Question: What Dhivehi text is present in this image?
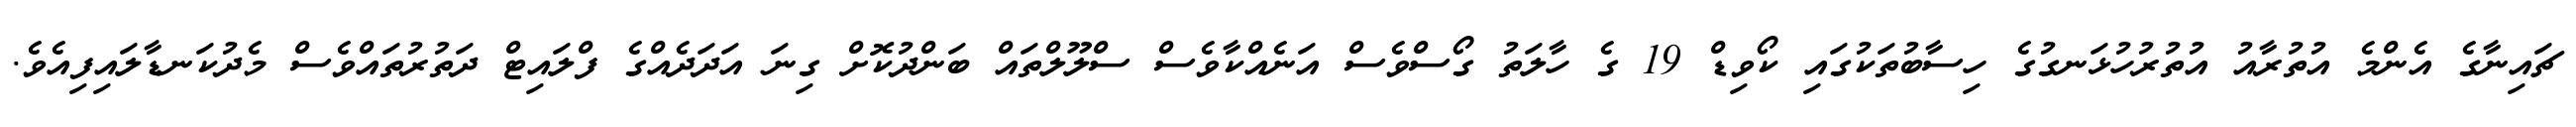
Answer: ޗައިނާގެ އެންމެ އުތުރާއު އުތުރުހުޅަނގުގެ ހިސާބުތަކުގައި ކޯވިޑް 19 ގެ ހާލަތު ގޯސްވެސް އަނެއްކާވެސް ސްލޫލްތައް ބަންދުކޮށް ގިނަ އަދަދެއްގެ ފްލައިޓް ދަތުރުތައްވެސް މެދުކަނޑާލައިފިއެވެ.